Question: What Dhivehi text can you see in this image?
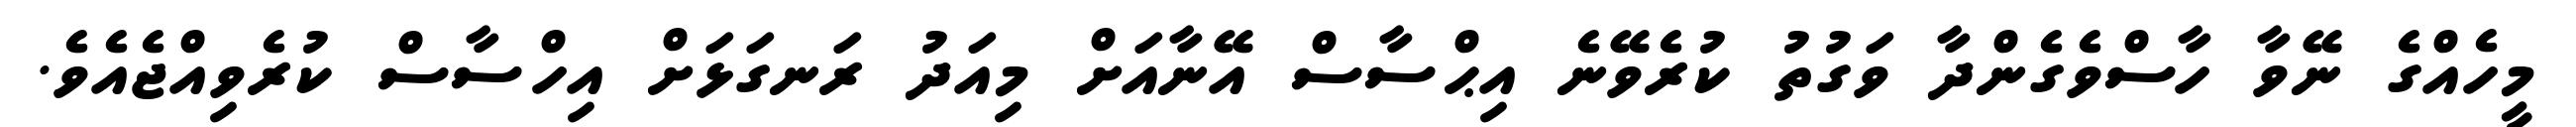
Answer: މީހެއްގެ ނޭވާ ހާސްވެގެންދާ ވަގުތު ކުރެވޭނެ އިޙްސާސް އޭނާއަށް މިއަދު ރަނގަޅަށް އިހްސާސް ކުރެވިއްޖެއެވެ.